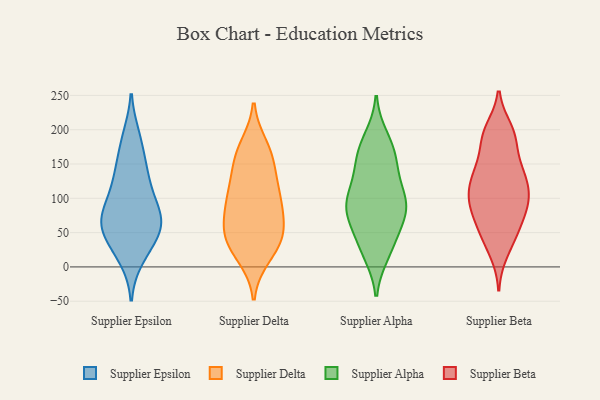
{"axis": {"x": "Website Visitors", "y": "Value"}, "legend": ["Supplier Alpha", "Supplier Beta", "Supplier Delta", "Supplier Epsilon"], "data": [{"x": "", "y": 83, "type": "Supplier Epsilon"}, {"x": "", "y": 74, "type": "Supplier Epsilon"}, {"x": "", "y": 144, "type": "Supplier Epsilon"}, {"x": "", "y": 77, "type": "Supplier Epsilon"}, {"x": "", "y": 121, "type": "Supplier Epsilon"}, {"x": "", "y": 119, "type": "Supplier Epsilon"}, {"x": "", "y": 22, "type": "Supplier Epsilon"}, {"x": "", "y": 183, "type": "Supplier Epsilon"}, {"x": "", "y": 55, "type": "Supplier Epsilon"}, {"x": "", "y": 86, "type": "Supplier Epsilon"}, {"x": "", "y": 189, "type": "Supplier Epsilon"}, {"x": "", "y": 61, "type": "Supplier Epsilon"}, {"x": "", "y": 60, "type": "Supplier Epsilon"}, {"x": "", "y": 40, "type": "Supplier Epsilon"}, {"x": "", "y": 14, "type": "Supplier Epsilon"}, {"x": "", "y": 143, "type": "Supplier Epsilon"}, {"x": "", "y": 53, "type": "Supplier Epsilon"}, {"x": "", "y": 46, "type": "Supplier Delta"}, {"x": "", "y": 38, "type": "Supplier Delta"}, {"x": "", "y": 145, "type": "Supplier Delta"}, {"x": "", "y": 59, "type": "Supplier Delta"}, {"x": "", "y": 103, "type": "Supplier Delta"}, {"x": "", "y": 165, "type": "Supplier Delta"}, {"x": "", "y": 49, "type": "Supplier Delta"}, {"x": "", "y": 92, "type": "Supplier Delta"}, {"x": "", "y": 175, "type": "Supplier Delta"}, {"x": "", "y": 94, "type": "Supplier Delta"}, {"x": "", "y": 55, "type": "Supplier Delta"}, {"x": "", "y": 161, "type": "Supplier Delta"}, {"x": "", "y": 23, "type": "Supplier Delta"}, {"x": "", "y": 99, "type": "Supplier Delta"}, {"x": "", "y": 16, "type": "Supplier Delta"}, {"x": "", "y": 122, "type": "Supplier Delta"}, {"x": "", "y": 21, "type": "Supplier Alpha"}, {"x": "", "y": 148, "type": "Supplier Alpha"}, {"x": "", "y": 119, "type": "Supplier Alpha"}, {"x": "", "y": 49, "type": "Supplier Alpha"}, {"x": "", "y": 66, "type": "Supplier Alpha"}, {"x": "", "y": 33, "type": "Supplier Alpha"}, {"x": "", "y": 168, "type": "Supplier Alpha"}, {"x": "", "y": 19, "type": "Supplier Alpha"}, {"x": "", "y": 139, "type": "Supplier Alpha"}, {"x": "", "y": 179, "type": "Supplier Alpha"}, {"x": "", "y": 103, "type": "Supplier Alpha"}, {"x": "", "y": 84, "type": "Supplier Alpha"}, {"x": "", "y": 91, "type": "Supplier Alpha"}, {"x": "", "y": 87, "type": "Supplier Alpha"}, {"x": "", "y": 158, "type": "Supplier Alpha"}, {"x": "", "y": 72, "type": "Supplier Alpha"}, {"x": "", "y": 89, "type": "Supplier Alpha"}, {"x": "", "y": 98, "type": "Supplier Alpha"}, {"x": "", "y": 188, "type": "Supplier Alpha"}, {"x": "", "y": 121, "type": "Supplier Beta"}, {"x": "", "y": 145, "type": "Supplier Beta"}, {"x": "", "y": 139, "type": "Supplier Beta"}, {"x": "", "y": 106, "type": "Supplier Beta"}, {"x": "", "y": 97, "type": "Supplier Beta"}, {"x": "", "y": 98, "type": "Supplier Beta"}, {"x": "", "y": 188, "type": "Supplier Beta"}, {"x": "", "y": 200, "type": "Supplier Beta"}, {"x": "", "y": 78, "type": "Supplier Beta"}, {"x": "", "y": 139, "type": "Supplier Beta"}, {"x": "", "y": 45, "type": "Supplier Beta"}, {"x": "", "y": 21, "type": "Supplier Beta"}, {"x": "", "y": 54, "type": "Supplier Beta"}, {"x": "", "y": 184, "type": "Supplier Beta"}, {"x": "", "y": 95, "type": "Supplier Beta"}, {"x": "", "y": 194, "type": "Supplier Beta"}, {"x": "", "y": 131, "type": "Supplier Beta"}, {"x": "", "y": 85, "type": "Supplier Beta"}, {"x": "", "y": 52, "type": "Supplier Beta"}]}